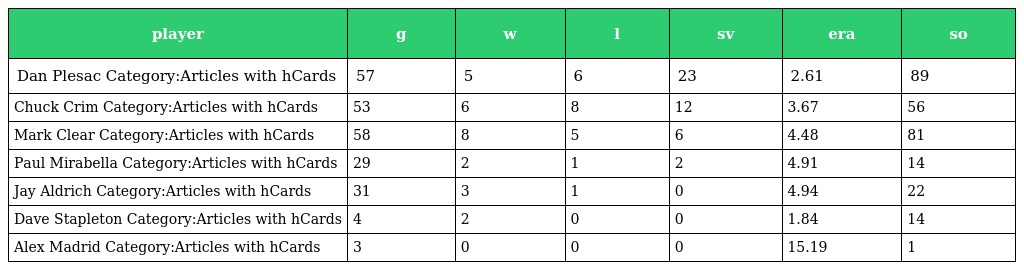
| player | g | w | l | sv | era | so |
 | --- | --- | --- | --- | --- | --- | --- |
 | Dan Plesac Category:Articles with hCards | 57 | 5 | 6 | 23 | 2.61 | 89 |
 | Chuck Crim Category:Articles with hCards | 53 | 6 | 8 | 12 | 3.67 | 56 |
 | Mark Clear Category:Articles with hCards | 58 | 8 | 5 | 6 | 4.48 | 81 |
 | Paul Mirabella Category:Articles with hCards | 29 | 2 | 1 | 2 | 4.91 | 14 |
 | Jay Aldrich Category:Articles with hCards | 31 | 3 | 1 | 0 | 4.94 | 22 |
 | Dave Stapleton Category:Articles with hCards | 4 | 2 | 0 | 0 | 1.84 | 14 |
 | Alex Madrid Category:Articles with hCards | 3 | 0 | 0 | 0 | 15.19 | 1 |